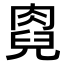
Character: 𠒯